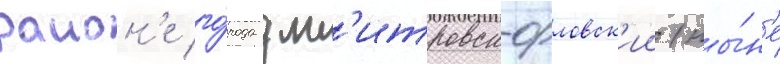
раион'е го́рода дм'итровск-орловск'ии (ны́н'е